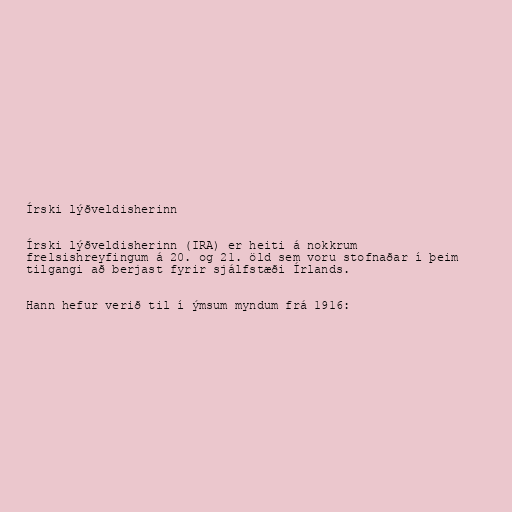
Írski lýðveldisherinn

Írski lýðveldisherinn (IRA) er heiti á nokkrum
frelsishreyfingum á 20. og 21. öld sem voru stofnaðar í þeim
tilgangi að berjast fyrir sjálfstæði Írlands.

Hann hefur verið til í ýmsum myndum frá 1916: